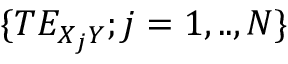
\{ T E _ { X _ { j } Y } ; j = 1 , . . , N \}